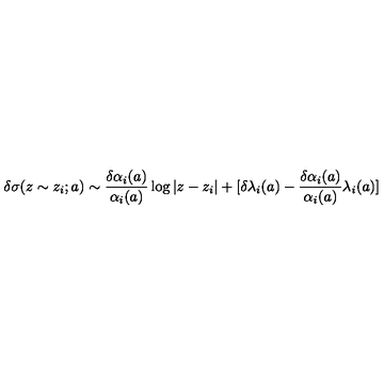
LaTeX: \delta \sigma ( z \sim z _ { i } ; a ) \sim { \frac { \delta \alpha _ { i } ( a ) } { \alpha _ { i } ( a ) } } \log | z - z _ { i } | + [ \delta \lambda _ { i } ( a ) - { \frac { \delta \alpha _ { i } ( a ) } { \alpha _ { i } ( a ) } } \lambda _ { i } ( a ) ]